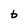
Character: b